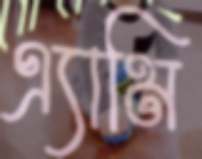
এ্যামি